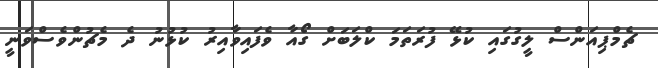
ޗެމްޕިއަންސް ލީގުގައި ކުޅޭ ފުރަތަމަ ކްލަބަށް ގޯއާ ވެފައިވާއިރު ކުޅުނު ދެ މެޗުންވެސްވަނީ